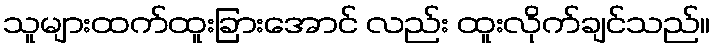
သူများထက်ထူးခြားအောင် လည်း ထူးလိုက်ချင်သည်။